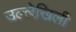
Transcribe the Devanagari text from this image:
उल्लेखिली